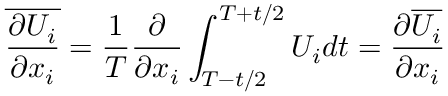
\overline { { \frac { \partial U _ { i } } { \partial x _ { i } } } } = { \frac { 1 } { T } } { \frac { \partial } { \partial x _ { i } } } \int _ { T - t / 2 } ^ { T + t / 2 } U _ { i } d t = { \frac { \partial \overline { { U _ { i } } } } { \partial x _ { i } } }